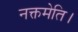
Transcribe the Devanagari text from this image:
नक्तमेति।